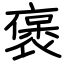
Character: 褒